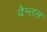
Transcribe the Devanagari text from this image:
देन्तल